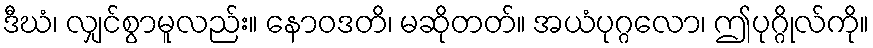
ဒီဃံ၊ လျှင်စွာမူလည်း။ နောဝဒတိ၊ မဆိုတတ်။ အယံပုဂ္ဂလော၊ ဤပုဂ္ဂိုလ်ကို။